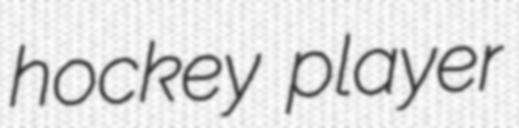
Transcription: hockey player